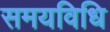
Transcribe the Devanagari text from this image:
समयविधि